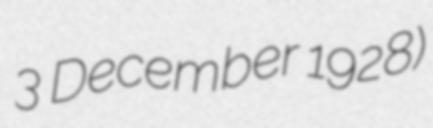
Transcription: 3 December 1928)